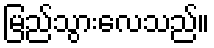
မြည်သွားလေသည်။